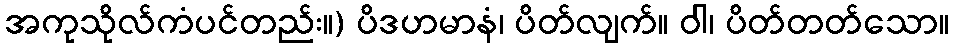
အကုသိုလ်ကံပင်တည်း။) ပိဒဟမာနံ၊ ပိတ်လျက်။ ဝါ၊ ပိတ်တတ်သော။